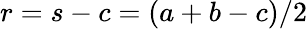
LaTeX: \displaystyle r=s-c=(a+b-c)/2